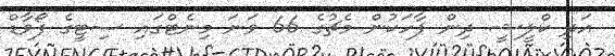
އަދި ކްލީޝީ ދިން ޕާހަކުން މެޗުގެ 66 ވަނަ މިނެޓްގައި ސިޓީގެ ފޯވާޑް